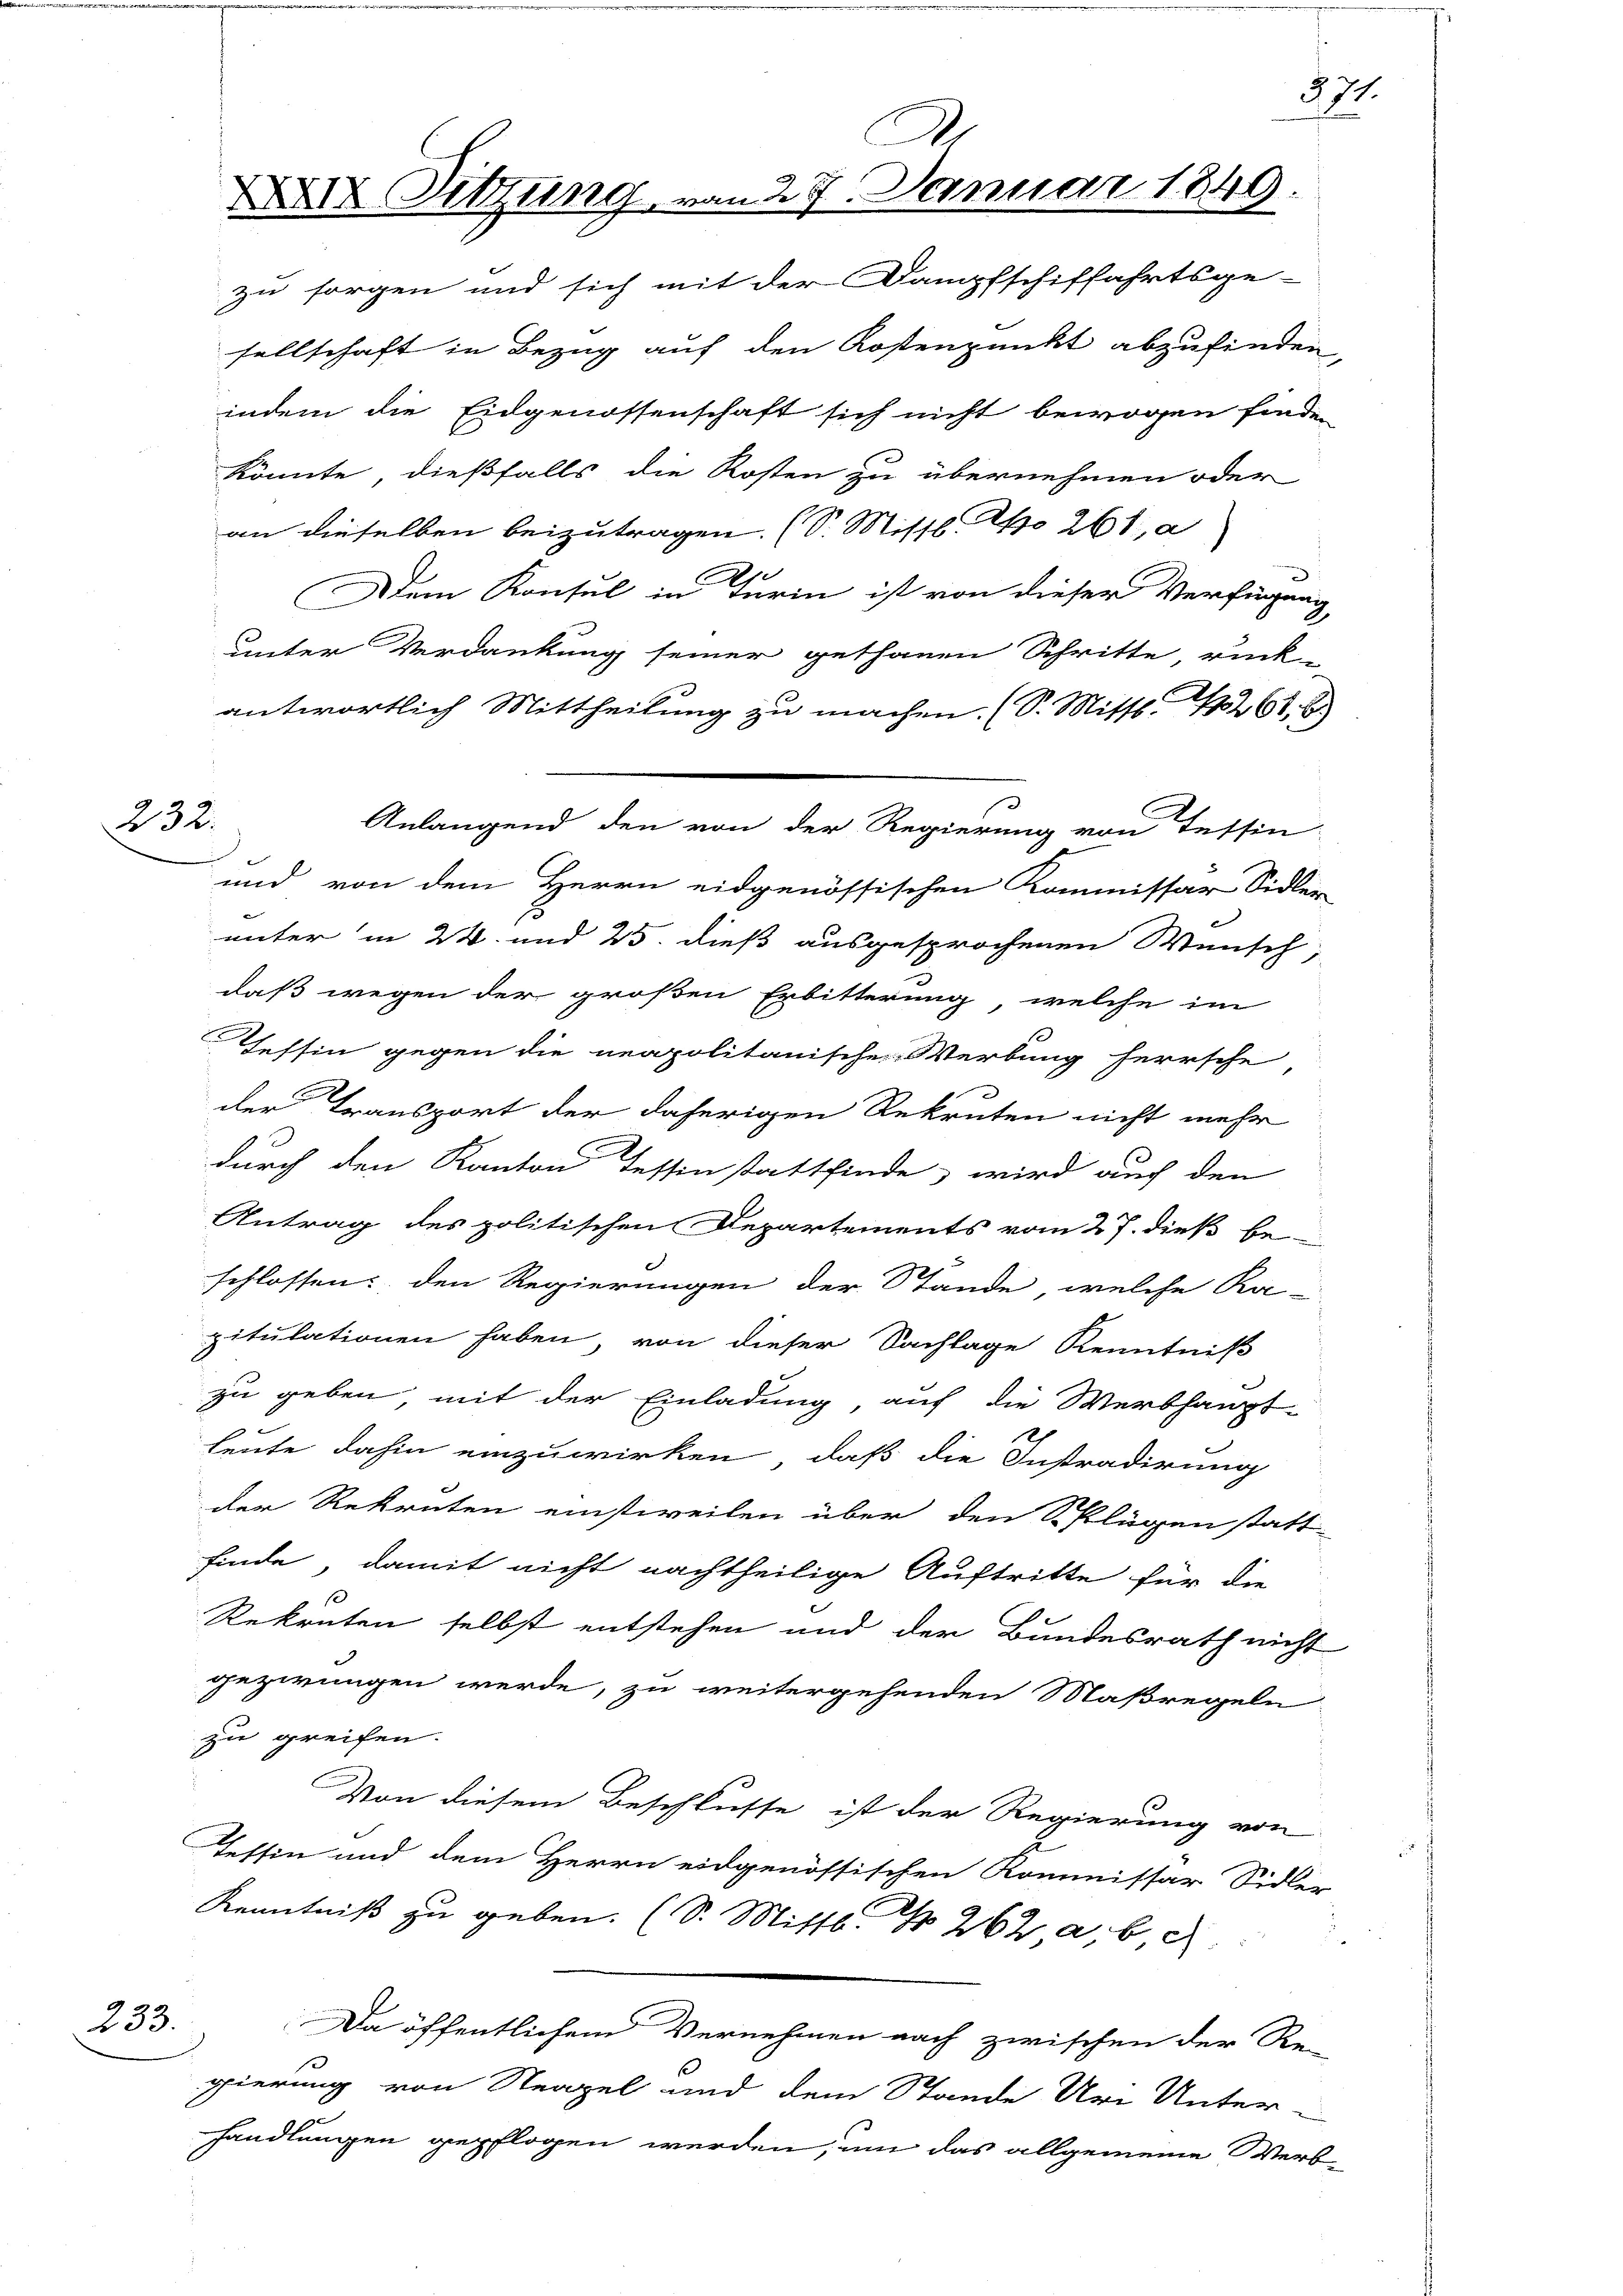
232.

233.

indem die Eidgenossenschaft sich nicht bewogen finde
könnte, dießfalls die Kosten zu übernehmen oder
an dieselben beizutragen. (S. Missl. No 261, a
Dem Konsul in Turin ist von dieser Verfügung
unter Verdankung seiner gethanen Schritte, rück-
antwortlich Mittheilung zu machen. (S. Mittl. 1261. 6.
und von dem Herrn eidgenössischen Kommissar Sidler
unter in 24. und 25. dieß ausgesprochenen Wunsch
daß wegen der großen Erbitterung, welche im
Tessin gegen die neapolitanischen Werbung herrsche,
der Transport der daherigen Rekruten nicht mehr
B
durch den Kanton Tessinstattfinde, wird auch den
Antrag des politischen Departements vom 27. dieß be
schlossen: den Regierungen der Stande, welche Ra-
pitulationen haben, von dieser Sachlage Kenntniß
zu geben, mit der Einladung, auf die Werbhaupt-
heute dahin einzuwirken, daß die Instradirung
der Rekruten einstweilen über den Schlügen statt-
finde, damit nicht nachtheilige Auftritte für die
Rekruten selbst entstehen und der Bundesrath nicht
gezwungen werde, zu weitergehenden Maßregeln
zu greifen.
Von diesem Beschlüsse ist der Regierung von
Tessin und dem Herrn eidgenössischen Kommissär Sidle-
Kenntniß zu geben. (S. Mittl. N 262 a. b.
Da öffentlichem Vernehmen nach zwischen der Re-
gierung von Neapel und dem Stande Uri Unter-
handlungen gepflogen werden, um das allgemeine Werb-

A
XX Sitzung von 28. Januar 1849.
zu sorgen und sich mit der Dampfschiffahrtsge-
sellschaft in Bezug auf den Kostenpunkt abzufinden,

Anlangend den von der Regierung von Tessin

371.

i